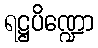
ရဋ္ဌပိဏ္ဍော